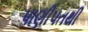
પાણીપતથી